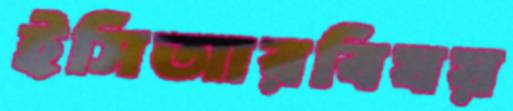
ইসিআরবিষয়